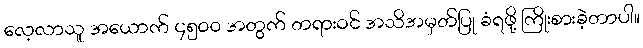
လေ့လာသူ အယောက် ၄၅၀၀ အတွက် တရားဝင် အသိအမှတ်ပြု ခံရဖို့ ကြိုးစားခဲ့တာပါ။